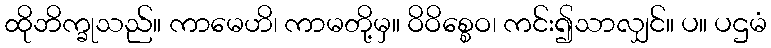
ထိုဘိက္ခုသည်။ ကာမေဟိ၊ ကာမတို့မှ။ ဝိဝိစ္စေဝ၊ ကင်း၍သာလျှင်။ ပ။ ပဌမံ